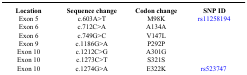
<table><thead><tr><td><b>Location</b></td><td><b>Sequence change</b></td><td><b>Codon change</b></td><td><b>SNP ID</b></td></tr></thead><tbody><tr><td>Exon 5</td><td>c.603A&gt;T</td><td>M98K</td><td>rs11258194</td></tr><tr><td>Exon 6</td><td>c.712C&gt;A</td><td>A134A</td><td></td></tr><tr><td>Exon 6</td><td>c.749G&gt;C</td><td>V147L</td><td></td></tr><tr><td>Exon 9</td><td>c.1186G&gt;A</td><td>P292P</td><td></td></tr><tr><td>Exon 10</td><td>c.1212C&gt;G</td><td>A301G</td><td></td></tr><tr><td>Exon 10</td><td>c.1273C&gt;T</td><td>S321S</td><td></td></tr><tr><td>Exon 10</td><td>c.1274G&gt;A</td><td>E322K</td><td>rs523747</td></tr></tbody></table>